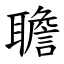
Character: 聸